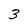
Character: 3